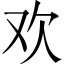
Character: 欢